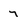
Character: 7